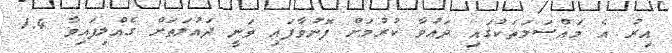
އިރު އެ މައްސަލަތަކުގައި ދައުވާ ކުރުމަށް ފޮނުވާފައި ވަނީ ދައުލަތަށް ގެއްލިފައިވާ 1.4